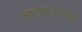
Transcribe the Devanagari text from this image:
गदाधरास